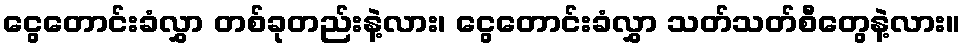
ငွေတောင်းခံလွှာ တစ်ခုတည်းနဲ့လား၊ ငွေတောင်းခံလွှာ သတ်သတ်စီတွေနဲ့လား။